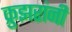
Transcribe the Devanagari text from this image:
क्रुझरांनी